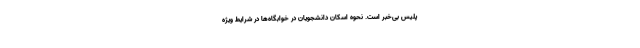
پلیس بی‌خبر است. نحوه اسکان دانشجویان در خوابگاه‌ها در شرایط ویژه